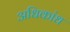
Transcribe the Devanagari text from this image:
अधिकांध